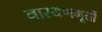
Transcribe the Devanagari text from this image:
नारयणमूर्ती